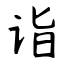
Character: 诣